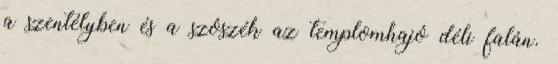
a szentélyben és a szószék az templomhajó déli falán.